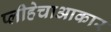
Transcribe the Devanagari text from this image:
प्लीहेचाआकार